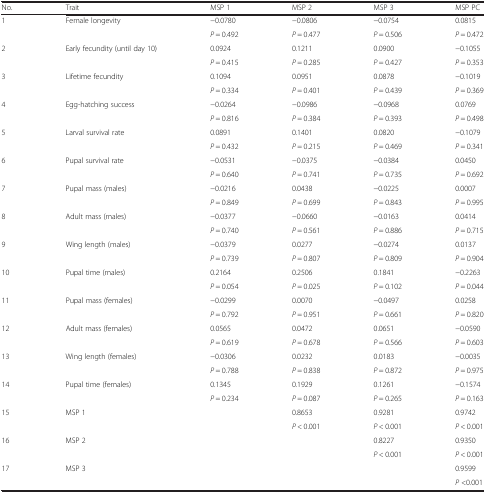
<table><thead><tr><td><b>No.</b></td><td><b>Trait</b></td><td><b>MSP 1</b></td><td><b>MSP 2</b></td><td><b>MSP 3</b></td><td><b>MSP PC</b></td></tr></thead><tbody><tr><td>1</td><td>Female longevity</td><td>−0.0780</td><td>−0.0806</td><td>−0.0754</td><td>0.0815</td></tr><tr><td></td><td></td><td><i>P</i> = 0.492</td><td><i>P</i> = 0.477</td><td><i>P</i> = 0.506</td><td><i>P</i> = 0.472</td></tr><tr><td>2</td><td>Early fecundity (until day 10)</td><td>0.0924</td><td>0.1211</td><td>0.0900</td><td>−0.1055</td></tr><tr><td></td><td></td><td><i>P</i> = 0.415</td><td><i>P</i> = 0.285</td><td><i>P</i> = 0.427</td><td><i>P</i> = 0.353</td></tr><tr><td>3</td><td>Lifetime fecundity</td><td>0.1094</td><td>0.0951</td><td>0.0878</td><td>−0.1019</td></tr><tr><td></td><td></td><td><i>P</i> = 0.334</td><td><i>P</i> = 0.401</td><td><i>P</i> = 0.439</td><td><i>P</i> = 0.369</td></tr><tr><td>4</td><td>Egg-hatching success</td><td>−0.0264</td><td>−0.0986</td><td>−0.0968</td><td>0.0769</td></tr><tr><td></td><td></td><td><i>P</i> = 0.816</td><td><i>P</i> = 0.384</td><td><i>P</i> = 0.393</td><td><i>P</i> = 0.498</td></tr><tr><td>5</td><td>Larval survival rate</td><td>0.0891</td><td>0.1401</td><td>0.0820</td><td>−0.1079</td></tr><tr><td></td><td></td><td><i>P</i> = 0.432</td><td><i>P</i> = 0.215</td><td><i>P</i> = 0.469</td><td><i>P</i> = 0.341</td></tr><tr><td>6</td><td>Pupal survival rate</td><td>−0.0531</td><td>−0.0375</td><td>−0.0384</td><td>0.0450</td></tr><tr><td></td><td></td><td><i>P</i> = 0.640</td><td><i>P</i> = 0.741</td><td><i>P</i> = 0.735</td><td><i>P</i> = 0.692</td></tr><tr><td>7</td><td>Pupal mass (males)</td><td>−0.0216</td><td>0.0438</td><td>−0.0225</td><td>0.0007</td></tr><tr><td></td><td></td><td><i>P</i> = 0.849</td><td><i>P</i> = 0.699</td><td><i>P</i> = 0.843</td><td><i>P</i> = 0.995</td></tr><tr><td>8</td><td>Adult mass (males)</td><td>−0.0377</td><td>−0.0660</td><td>−0.0163</td><td>0.0414</td></tr><tr><td></td><td></td><td><i>P</i> = 0.740</td><td><i>P</i> = 0.561</td><td><i>P</i> = 0.886</td><td><i>P</i> = 0.715</td></tr><tr><td>9</td><td>Wing length (males)</td><td>−0.0379</td><td>0.0277</td><td>−0.0274</td><td>0.0137</td></tr><tr><td></td><td></td><td><i>P</i> = 0.739</td><td><i>P</i> = 0.807</td><td><i>P</i> = 0.809</td><td><i>P</i> = 0.904</td></tr><tr><td>10</td><td>Pupal time (males)</td><td>0.2164</td><td>0.2506</td><td>0.1841</td><td>−0.2263</td></tr><tr><td></td><td></td><td><i>P</i> = 0.054</td><td><i>P</i> = 0.025</td><td><i>P</i> = 0.102</td><td><i>P</i> = 0.044</td></tr><tr><td>11</td><td>Pupal mass (females)</td><td>−0.0299</td><td>0.0070</td><td>−0.0497</td><td>0.0258</td></tr><tr><td></td><td></td><td><i>P</i> = 0.792</td><td><i>P</i> = 0.951</td><td><i>P</i> = 0.661</td><td><i>P</i> = 0.820</td></tr><tr><td>12</td><td>Adult mass (females)</td><td>0.0565</td><td>0.0472</td><td>0.0651</td><td>−0.0590</td></tr><tr><td></td><td></td><td><i>P</i> = 0.619</td><td><i>P</i> = 0.678</td><td><i>P</i> = 0.566</td><td><i>P</i> = 0.603</td></tr><tr><td>13</td><td>Wing length (females)</td><td>−0.0306</td><td>0.0232</td><td>0.0183</td><td>−0.0035</td></tr><tr><td></td><td></td><td><i>P</i> = 0.788</td><td><i>P</i> = 0.838</td><td><i>P</i> = 0.872</td><td><i>P</i> = 0.975</td></tr><tr><td>14</td><td>Pupal time (females)</td><td>0.1345</td><td>0.1929</td><td>0.1261</td><td>−0.1574</td></tr><tr><td></td><td></td><td><i>P</i> = 0.234</td><td><i>P</i> = 0.087</td><td><i>P</i> = 0.265</td><td><i>P</i> = 0.163</td></tr><tr><td>15</td><td>MSP 1</td><td></td><td>0.8653</td><td>0.9281</td><td>0.9742</td></tr><tr><td></td><td></td><td></td><td><i>P</i> &lt; 0.001</td><td><i>P</i> &lt; 0.001</td><td><i>P</i> &lt; 0.001</td></tr><tr><td>16</td><td>MSP 2</td><td></td><td></td><td>0.8227</td><td>0.9350</td></tr><tr><td></td><td></td><td></td><td></td><td><i>P</i> &lt; 0.001</td><td><i>P</i> &lt; 0.001</td></tr><tr><td>17</td><td>MSP 3</td><td></td><td></td><td></td><td>0.9599</td></tr><tr><td></td><td></td><td></td><td></td><td></td><td><i>P</i> &lt;0.001</td></tr></tbody></table>